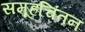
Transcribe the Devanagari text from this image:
समूहचिंतन